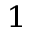
_ 1